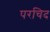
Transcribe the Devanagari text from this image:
परचिद